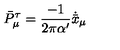
\bar { P } _ { \mu } ^ { \tau } = \frac { - 1 } { 2 \pi \alpha ^ { \prime } } \dot { \bar { x } } _ { \mu }